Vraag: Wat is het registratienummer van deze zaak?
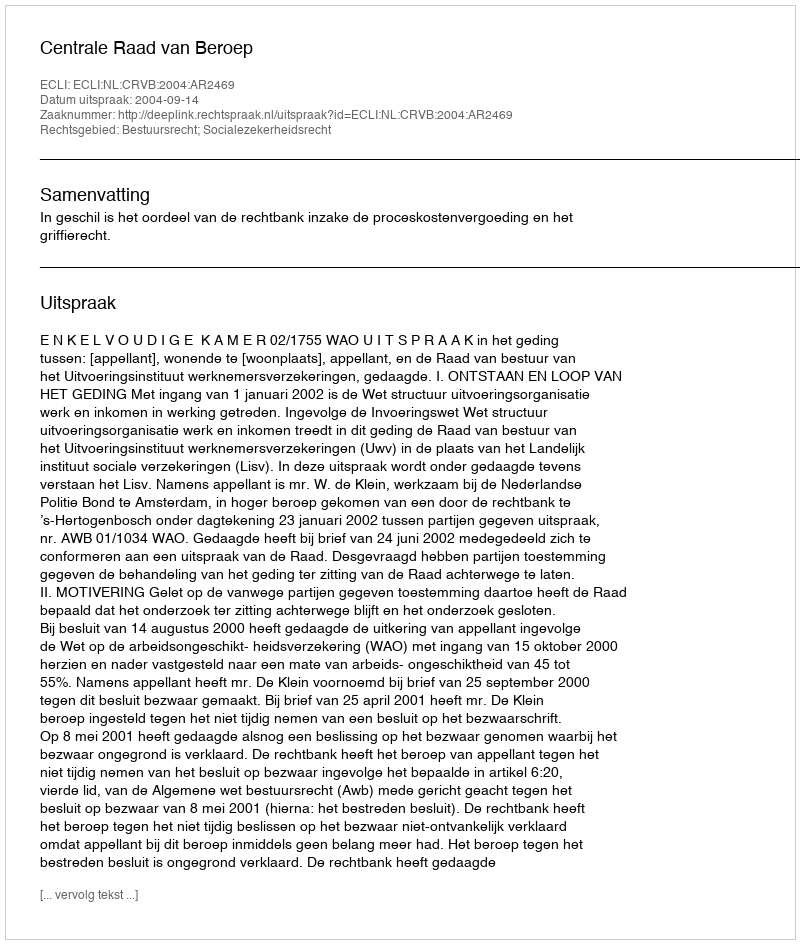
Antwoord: http://deeplink.rechtspraak.nl/uitspraak?id=ECLI:NL:CRVB:2004:AR2469